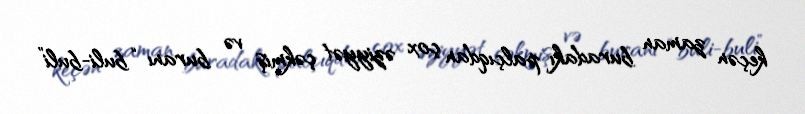
keçən zaman buradakı palçıqdan çox əziyyət çəkmiş və buranı “buli-buli”